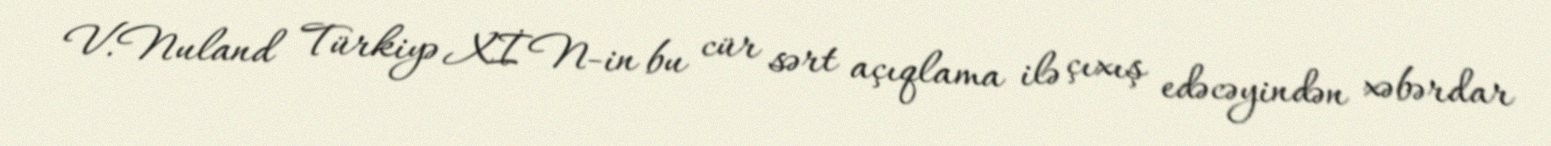
V.Nuland Türkiyə XİN-in bu cür sərt açıqlama ilə çıxış edəcəyindən xəbərdar